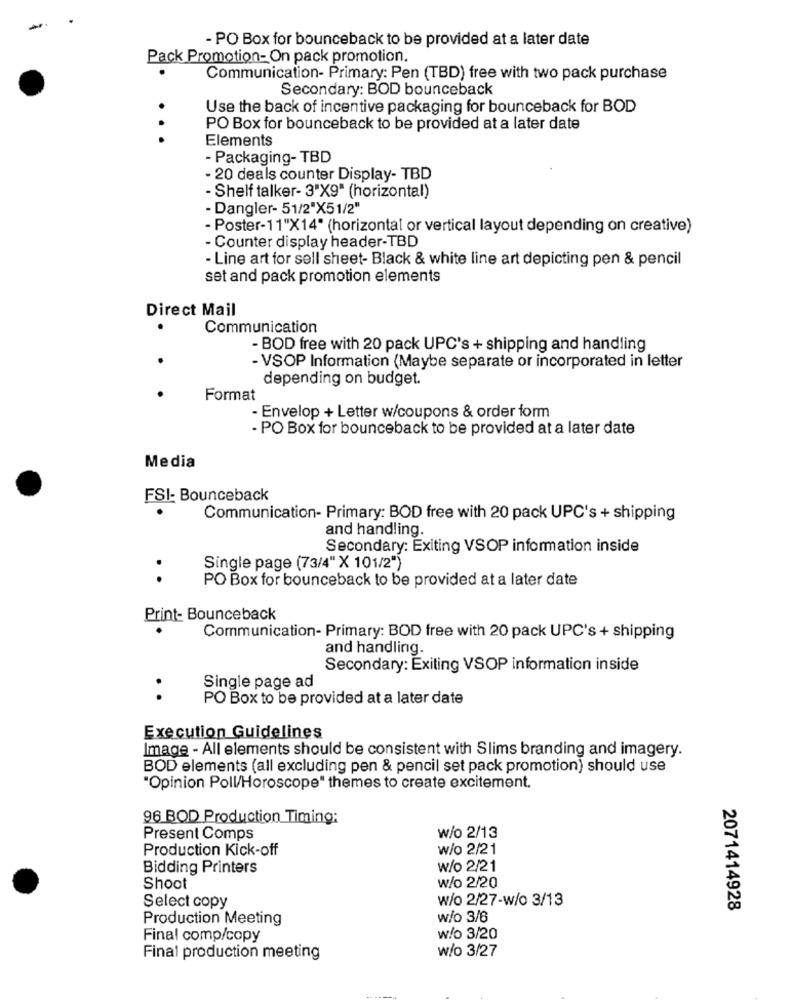
- PO Box for bounceback to be provided at a later date
Pack Promotion- On pack promotion.
Communication- Primary: Pen (TBD) free with two pack purchase
Secondary: BOD bounceback
Use the back of incentive packaging for bounceback for BOD
PO Box for bounceback to be provided at a later date
...
Elements
- Packaging- TBD
- 20 deals counter Display- TBD
- Shelf talker- 3"X9" (horizontal)
- Dangler- 51/2"X51/2"
- Poster-11"X14" (horizontal or vertical layout depending on creative)
- Counter display header-TBD
- Line art for sell sheet- Black & white line art depicting pen & pencil
set and pack promotion elements
Direct Mail
.
Communication
- BOD free with 20 pack UPC's + shipping and handling
- VSOP Information (Maybe separate or incorporated in letter
depending on budget.
Format
- Envelop + Letter w/coupons & order form
- PO Box for bounceback to be provided at a later date
Media
FSI- Bounceback
Communication- Primary: BOD free with 20 pack UPC's + shipping
and handling.
Secondary: Exiting VSOP information inside
Single page (73/4" X 101/2")
. .
PO Box for bounceback to be provided at a later date
Print- Bounceback
Communication- Primary: BOD free with 20 pack UPC's + shipping
and handling.
Secondary: Exiting VSOP information inside
Single page ad
..
PO Box to be provided at a later date
Execution Guidelines
Image - All elements should be consistent with Slims branding and imagery.
BOD elements (all excluding pen & pencil set pack promotion) should use
"Opinion Poll/Horoscope" themes to create excitement.
96 BOD Production Timing:
Present Comps
w/o 2/13
Production Kick-off
w/o 2/21
Bidding Printers
w/o 2/21
Shoot
w/o 2/20
Select copy
W/o 2/27-w/o 3/13
2071414928
Production Meeting
w/o 3/6
Final comp/copy
w/o 3/20
w/o 3/27
Final production meeting